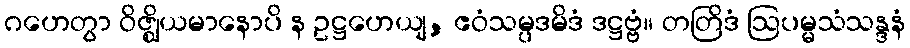
ဂဟေတွာ ဝိဇ္ဈိယမာနောပိ န ဥဋ္ဌဟေယျ, ဧဝံသမ္ပဒမိဒံ ဒဋ္ဌဗ္ဗံ။ တတြိဒံ ဩပမ္မသံသန္ဒနံ